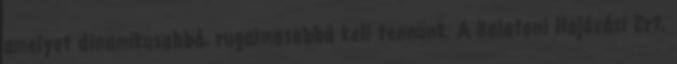
amelyet dinamikusabbá, rugalmasabbá kell tennünk. A Balatoni Hajózási Zrt.